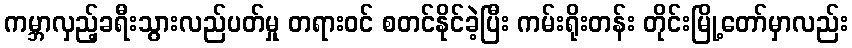
ကမ္ဘာလှည့်ခရီးသွားလည်ပတ်မှု တရားဝင် စတင်နိုင်ခဲ့ပြီး ကမ်းရိုးတန်း တိုင်းမြို့တော်မှာလည်း